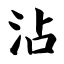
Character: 沾